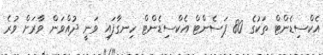
އެކްސިޑެންޓް ތަކުގެ 80 ޕަސެންޓް އެކްސިޑެންޓް ހިނގާފައި ވަނީ ދުއްވަން ވާރަށް ވުރެ